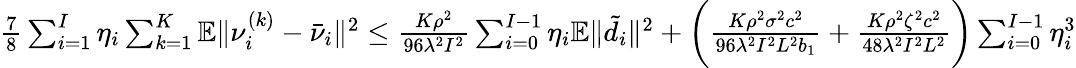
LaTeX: \begin{array}{r}{\frac{7}{8}\sum_{i=1}^{I}\eta_{i}\sum_{k=1}^{K}\mathbb{E}\| \nu_{i}^{(k)}-\bar{\nu}_{i}\| ^{2}\leq\frac{K\rho^{2}}{96\lambda^{2}I^{2}}\sum_{i=0}^{I-1}\eta_{i}\mathbb{E}\| \tilde{d}_{i}\| ^{2}+\bigg(\frac{K\rho^{2}\sigma^{2}c^{2}}{96\lambda^{2}I^{2}L^{2}b_{1}}+\frac{K\rho^{2}\zeta^{2}c^{2}}{48\lambda^{2}I^{2}L^{2}}\bigg)\sum_{i=0}^{I-1}\eta_{i}^{3}}\end{array}